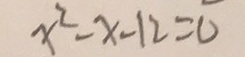
x ^ { 2 } - x - 1 2 = 0